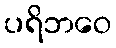
ပရိဘဝေ